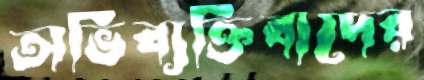
অভিব্যক্তিবাদের